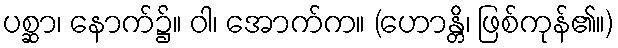
ပစ္ဆာ၊ နောက်၌။ ဝါ၊ အောက်က။ (ဟောန္တိ၊ ဖြစ်ကုန်၏။)